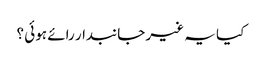
کیا یہ غیر جانبدار رائے ہوئی ؟